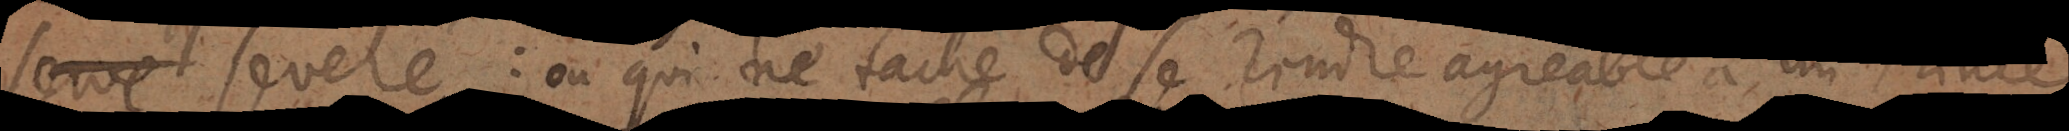
re severe: où qui ne tache de se rendre agreable à un